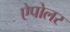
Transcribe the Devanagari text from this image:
ऐपोलर